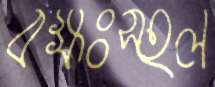
বক্ষঃস্হল